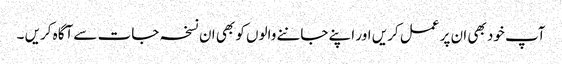
آپ خود بھی ان پر عمل کریں اور اپنے جاننے والوں کو بھی ان نسخہ جات سے آگاہ کریں ۔